Civil Veterinary Department Bengal reports 1923-33 - 1923-1933
Year: 1923
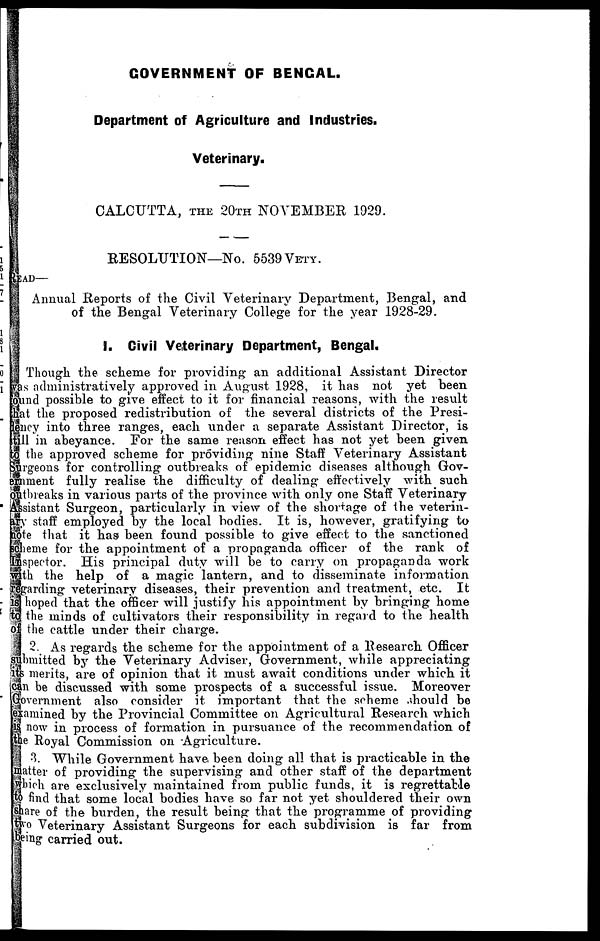
GOVERNMENT OF BENGAL.
Department of Agriculture and Industries.
Veterinary.
CALCUTTA, THE 20TH NOVEMBER 1929.
RESOLUTION—No. 5539 VETY.
READ—
Annual Reports of the Civil Veterinary Department, Bengal, and
of the Bengal Veterinary College for the year 1928-29.
1. Civil Veterinary Department, Bengal.
Though the scheme for providing an additional Assistant. Director
was administratively approved in August 1928, it has not yet been
found possible to give effect to it for financial reasons, with the result
that the proposed redistribution of the several districts of the Presi-
dency into three ranges, each under a separate Assistant Director, is
still in abeyance. For the same reason effect has not yet been given
to the approved scheme for providing nine Staff Veterinary Assistant
Surgeons for controlling outbreaks of epidemic diseases although Gov-
ernment fully realise the difficulty of dealing effectively with such
outbreaks in various parts of the province with only one Staff Veterinary
Assistant Surgeon, particularly in view of the shortage of the veterin-
ary staff employed by the local bodies. It is, however, gratifying to
note that it has been found possible to give effect to the sanctioned
scheme for the appointment of a propaganda officer of the rank of
Inspector. His principal duty will be to carry on propaganda work
with the help of a magic lantern, and to disseminate information
regarding veterinary diseases, their prevention and treatment, etc. It
is hoped that the officer will justify his appointment by bringing home
to the minds of cultivators their responsibility in regard to the health
of the cattle under their charge.
2. As regards the scheme for the appointment of a Research Officer
submitted by the Veterinary Adviser, Government, while appreciating
its merits, are of opinion that it. must await conditions under which it
can be discussed with some prospects of a successful issue. Moreover
Government also consider it important that the scheme should be
examined by the Provincial Committee on Agricultural Research which
is now in process of formation in pursuance of the recommendation of
the Royal Commission on Agriculture.
3. While Government have been doing all that is practicable in the
matter of providing the supervising and other staff of the department
which are exclusively maintained from public funds, it is regrettable
to find that some local bodies have so far not. yet shouldered their own
share of the burden, the result being that the programme of providing
two Veterinary Assistant Surgeons for each subdivision is far from
being carried out.